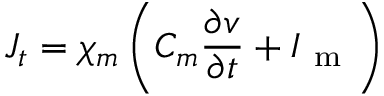
J _ { t } = \chi _ { m } \left( C _ { m } \frac { \partial v } { \partial t } + I _ { \mathrm { ~ m ~ } } \right)